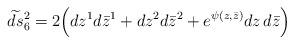
LaTeX: \begin{align*}\widetilde{ds}{}_6^{2}=2\Bigl(dz^{1}d\bar{z}^{1}+ dz^{2}d\bar{z}^{2}+ e^{\psi(z,\bar{z})}dz \,d\bar{z} \Bigr)\end{align*}